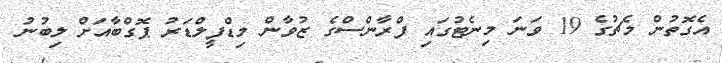
އެގޮތުން މެޗުގެ 19 ވަނަ މިނެޓުގައި ފްރާންސްގެ ޒުވާން މިޑްފީލްޑަރު ޕޮގްބާއަށް ލިބުނު